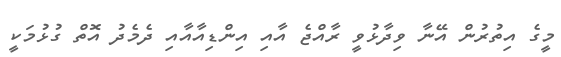
މީގެ އިތުރުން އޭނާ ވިދާޅުވީ ރާއްޖެ އާއި އިންޑިއާއާއި ދެމެދު އޮތް ގުޅުމަކީ